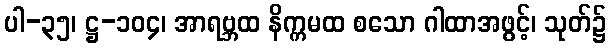
ပါ-၃၅၊ ဋ္ဌ-၁၀၄၊ အာရဗ္ဘထ နိက္ကမထ စသော ဂါထာအဖွင့်၊ သုတ်၌